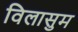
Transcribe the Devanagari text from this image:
विलासुम